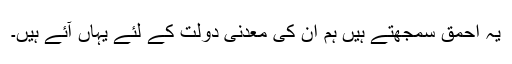
یہ احمق سمجھتے ہیں ہم ان کی معدنی دولت کے لئے یہاں آئے ہیں۔